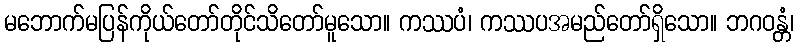
မဘောက်မပြန်ကိုယ်တော်တိုင်သိတော်မူသော။ ကဿပံ၊ ကဿပအမည်တော်ရှိသော။ ဘဂဝန္တံ၊